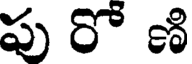
పు రో ణి